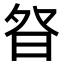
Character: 𭼿